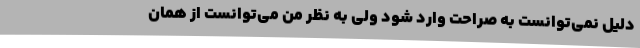
دلیل نمی‌توانست به صراحت وارد شود ولی به نظر من می‌توانست از همان